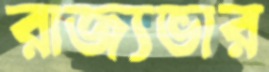
রাজ্যভার